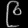
Digit: ၉